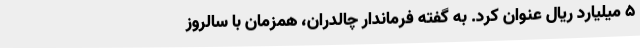
5 میلیارد ریال عنوان کرد. به گفته فرماندار چالدران، همزمان با سالروز